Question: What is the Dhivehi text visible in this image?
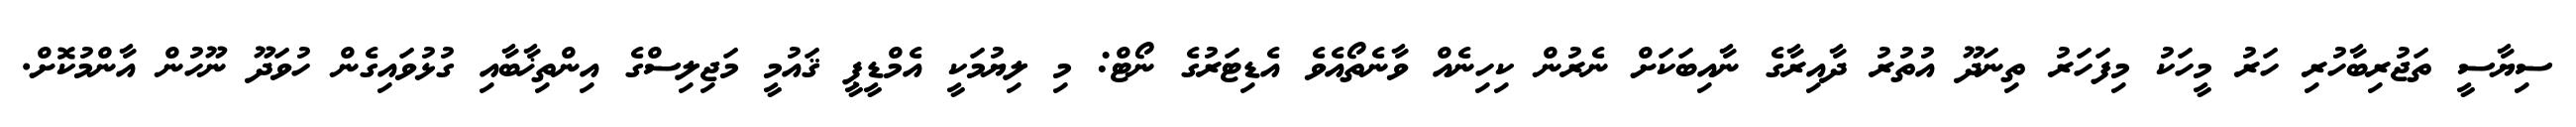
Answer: ސިޔާސީ ތަޖުރިބާހުރި ހަރު މީހަކު މިފަހަރު ތިނަދޫ އުތުރު ދާއިރާގެ ނާއިބަކަށް ނެރުން ކިހިނެއް ވާނެތޯއެވެ އެޑިޓަރުގެ ނޯޓް: މި ލިޔުމަކީ އެމްޑީޕީ ޤައުމީ މަޖިލިސްގެ އިންތިޚާބާއި ގުޅުވައިގެން ހުވަދޫ ނޫހުން އާންމުކޮށް.